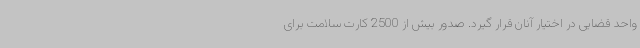
واحد قضایی در اختیار آنان قرار گیرد. صدور بیش از 2500 کارت سلامت برای